Indian journal of veterinary science and animal husbandry - Volume 14,
Year: 1944
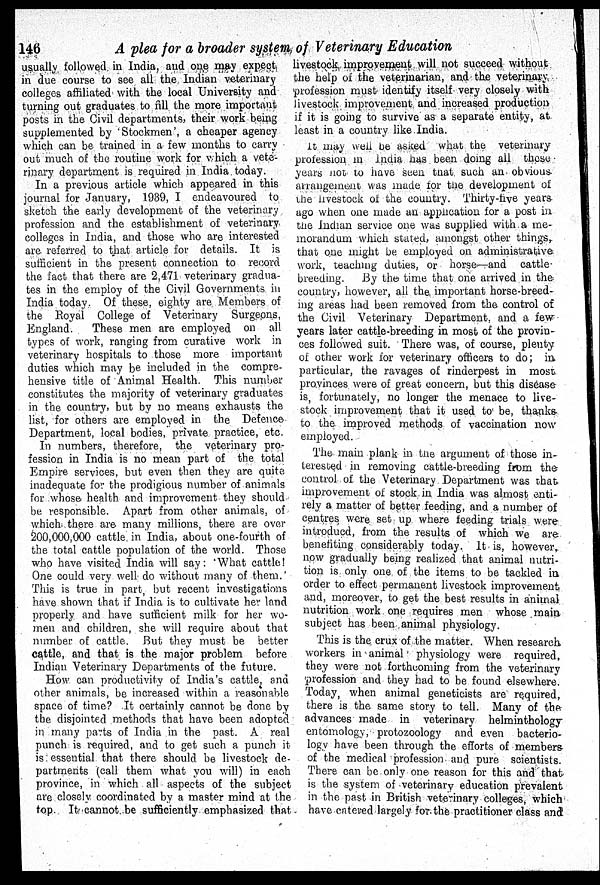
146
A plea for a broader system of Veterinary Education
usually followed in India, and one may expect
in due course to see all the Indian veterinary
colleges affiliated with the local University and
turning out graduates to fill the more important
posts in the Civil departments, their work being
supplemented by Stockmen', a cheaper agency
which can be trained in a few months to carry
out much of the routine work for which a vete-
rinary department is required in India today.
In a previous article which appeared in this
journal for January, 1939, I endeavoured to
sketch the early development of the veterinary
profession and the establishment of veterinary
colleges in India, and those who are interested
are referred to that article for details. It is
sufficient in the present connection to record
the fact that there are 2,471 veterinary gradua-
tes in the employ of the Civil Governments in
India today. Of these, eighty are Members of
the Royal College of Veterinary Surgeons,
England.
These men are employed on all
types of work, ranging from curative work in
veterinary hospitals to those more important
duties which may be included in the compre-
hensive title of Animal Health. This number
constitutes the majority of veterinary graduates
in the country, but by no means exhausts the
list, for others are employed in the Defence
Department, local bodies, private practice, etc.
In numbers, therefore, the veterinary pro-
fession in India is no mean part of the total
Empire services, but even then they are quite
inadequate for the prodigious number of animals
for whose health and improvement they should
be responsible. Apart from other animals, of
which there are many millions, there are over
200,000,000 cattle in India, about one-fourth of
the total cattle population of the world. Those
who have visited India will say: What cattle!
One could very well do without many of them.
This is true in part, but recent investigations
have shown that if India is to cultivate her land
properly and have sufficient milk for her wo-
men and children, she will require about that
number of cattle. But they must be better
cattle, and that is the major problem before
Indian Veterinary Departments of the future.
How can productivity of India's cattle, and
other animals, be increased within a reasonable
space of time? It certainly cannot be done by
the disjointed methods that have been adopted
in many parts of India in the past. A real
punch is required, and to get such a punch it
is essential that there should be livestock de-
partments (call them what you will) in each
province, in which all aspects of the subject
are closely coordinated by a master mind at the
top. It cannot be sufficiently emphasized that
livestock improvement will not succeed without
the help of the veterinarian, and the veterinary
profession must identify itself very closely with
livestock improvement and increased production
if it is going to survive as a separate entity, at
least in a country like India.
It may well be asked what the veterinary
profession in India has been doing all thses
years not to have seen that such an obvious
arrangement was made for the development of
the livestock of the country. Thirty-five years
ago when one made an application for a post in
the Indian service one was supplied with a me-
morandum which stated, amongst other things,
that one might be employed on administrative
work, teaching duties, or horse—and cattle
breeding. By the time that one arrived in the
country, however, all the important horse-breed-
ing areas had been removed from the control of
the Civil Veterinary Department, and a few
years later cattle-breeding in most of the provin-
ces followed suit. ' There was, of course, plenty
of other work for veterinary officers to do; in
particular, the ravages of rinderpest in most
provinces were of great concern, but this disease
is, fortunately, no longer the menace to live-
stock improvement that it used to be, thanks,
to the improved methods of vaccination now
employed.
The main plank in the argument of those in-
terested in removing cattle-breeding from the
control of the Veterinary Department was that
improvement of stock in India was almost enti-
rely a matter of better feeding, and a number of
centres were set up where feeding trials were
introducd, from the results of which we are
benefiting considerably today. It is, however,
now gradually being realized that animal nutri-
tion is only one of the items to be tackled in
order to effect permanent livestock improvement
and, moreover, to get the best results in animal
nutrition work one requires men whose main
subject has been animal physiology.
This is the crux of the matter. When research
workers in animal physiology were required,
they were not forthcoming from the veterinary
profession and they had to be found elsewhere.
Today, when animal geneticists are required,
there is the same story to tell. Many of the
advances made in veterinary helminthology
entomology, protozoology and even bacterio-
logy have been through the efforts of members-
of the medical profession and pure scientists.
There can be only one reason for this and that
is the system of veterinary education prevalent
in the past in British veterinary colleges, which
have catered largely for the practitioner class and